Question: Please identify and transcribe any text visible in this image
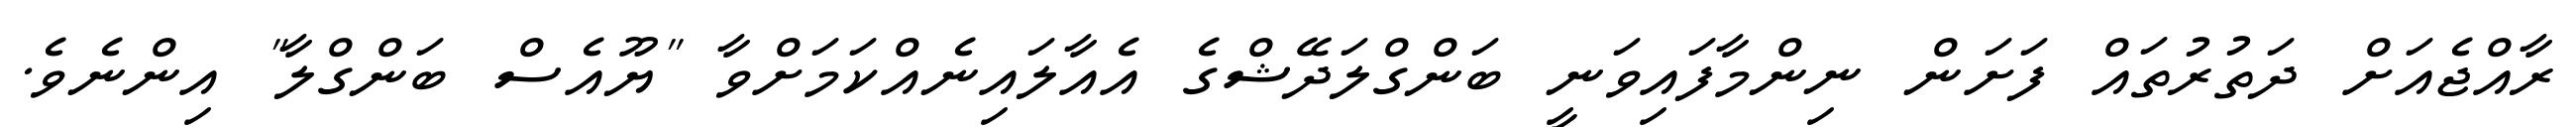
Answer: ރާއްޖެއަށް ދަތުރުތައް ފަށަން ނިންމާފައިވަނީ ބަންގްލަދޭޝްގެ އެއާލައިނެއްކަމަށްވާ "ޔޫއެސް ބަންގްލާ" އިންނެވެ.